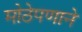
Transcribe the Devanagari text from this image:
मोठेपणाने